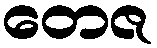
တေဇ